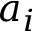
a _ { i }